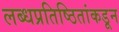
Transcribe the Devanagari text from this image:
लब्धप्रतिष्ठितांकडून